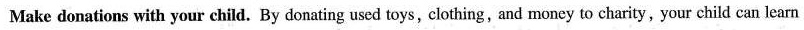
Make donations with your child. By donating used toys, clothing, and money to charity, your child can learn